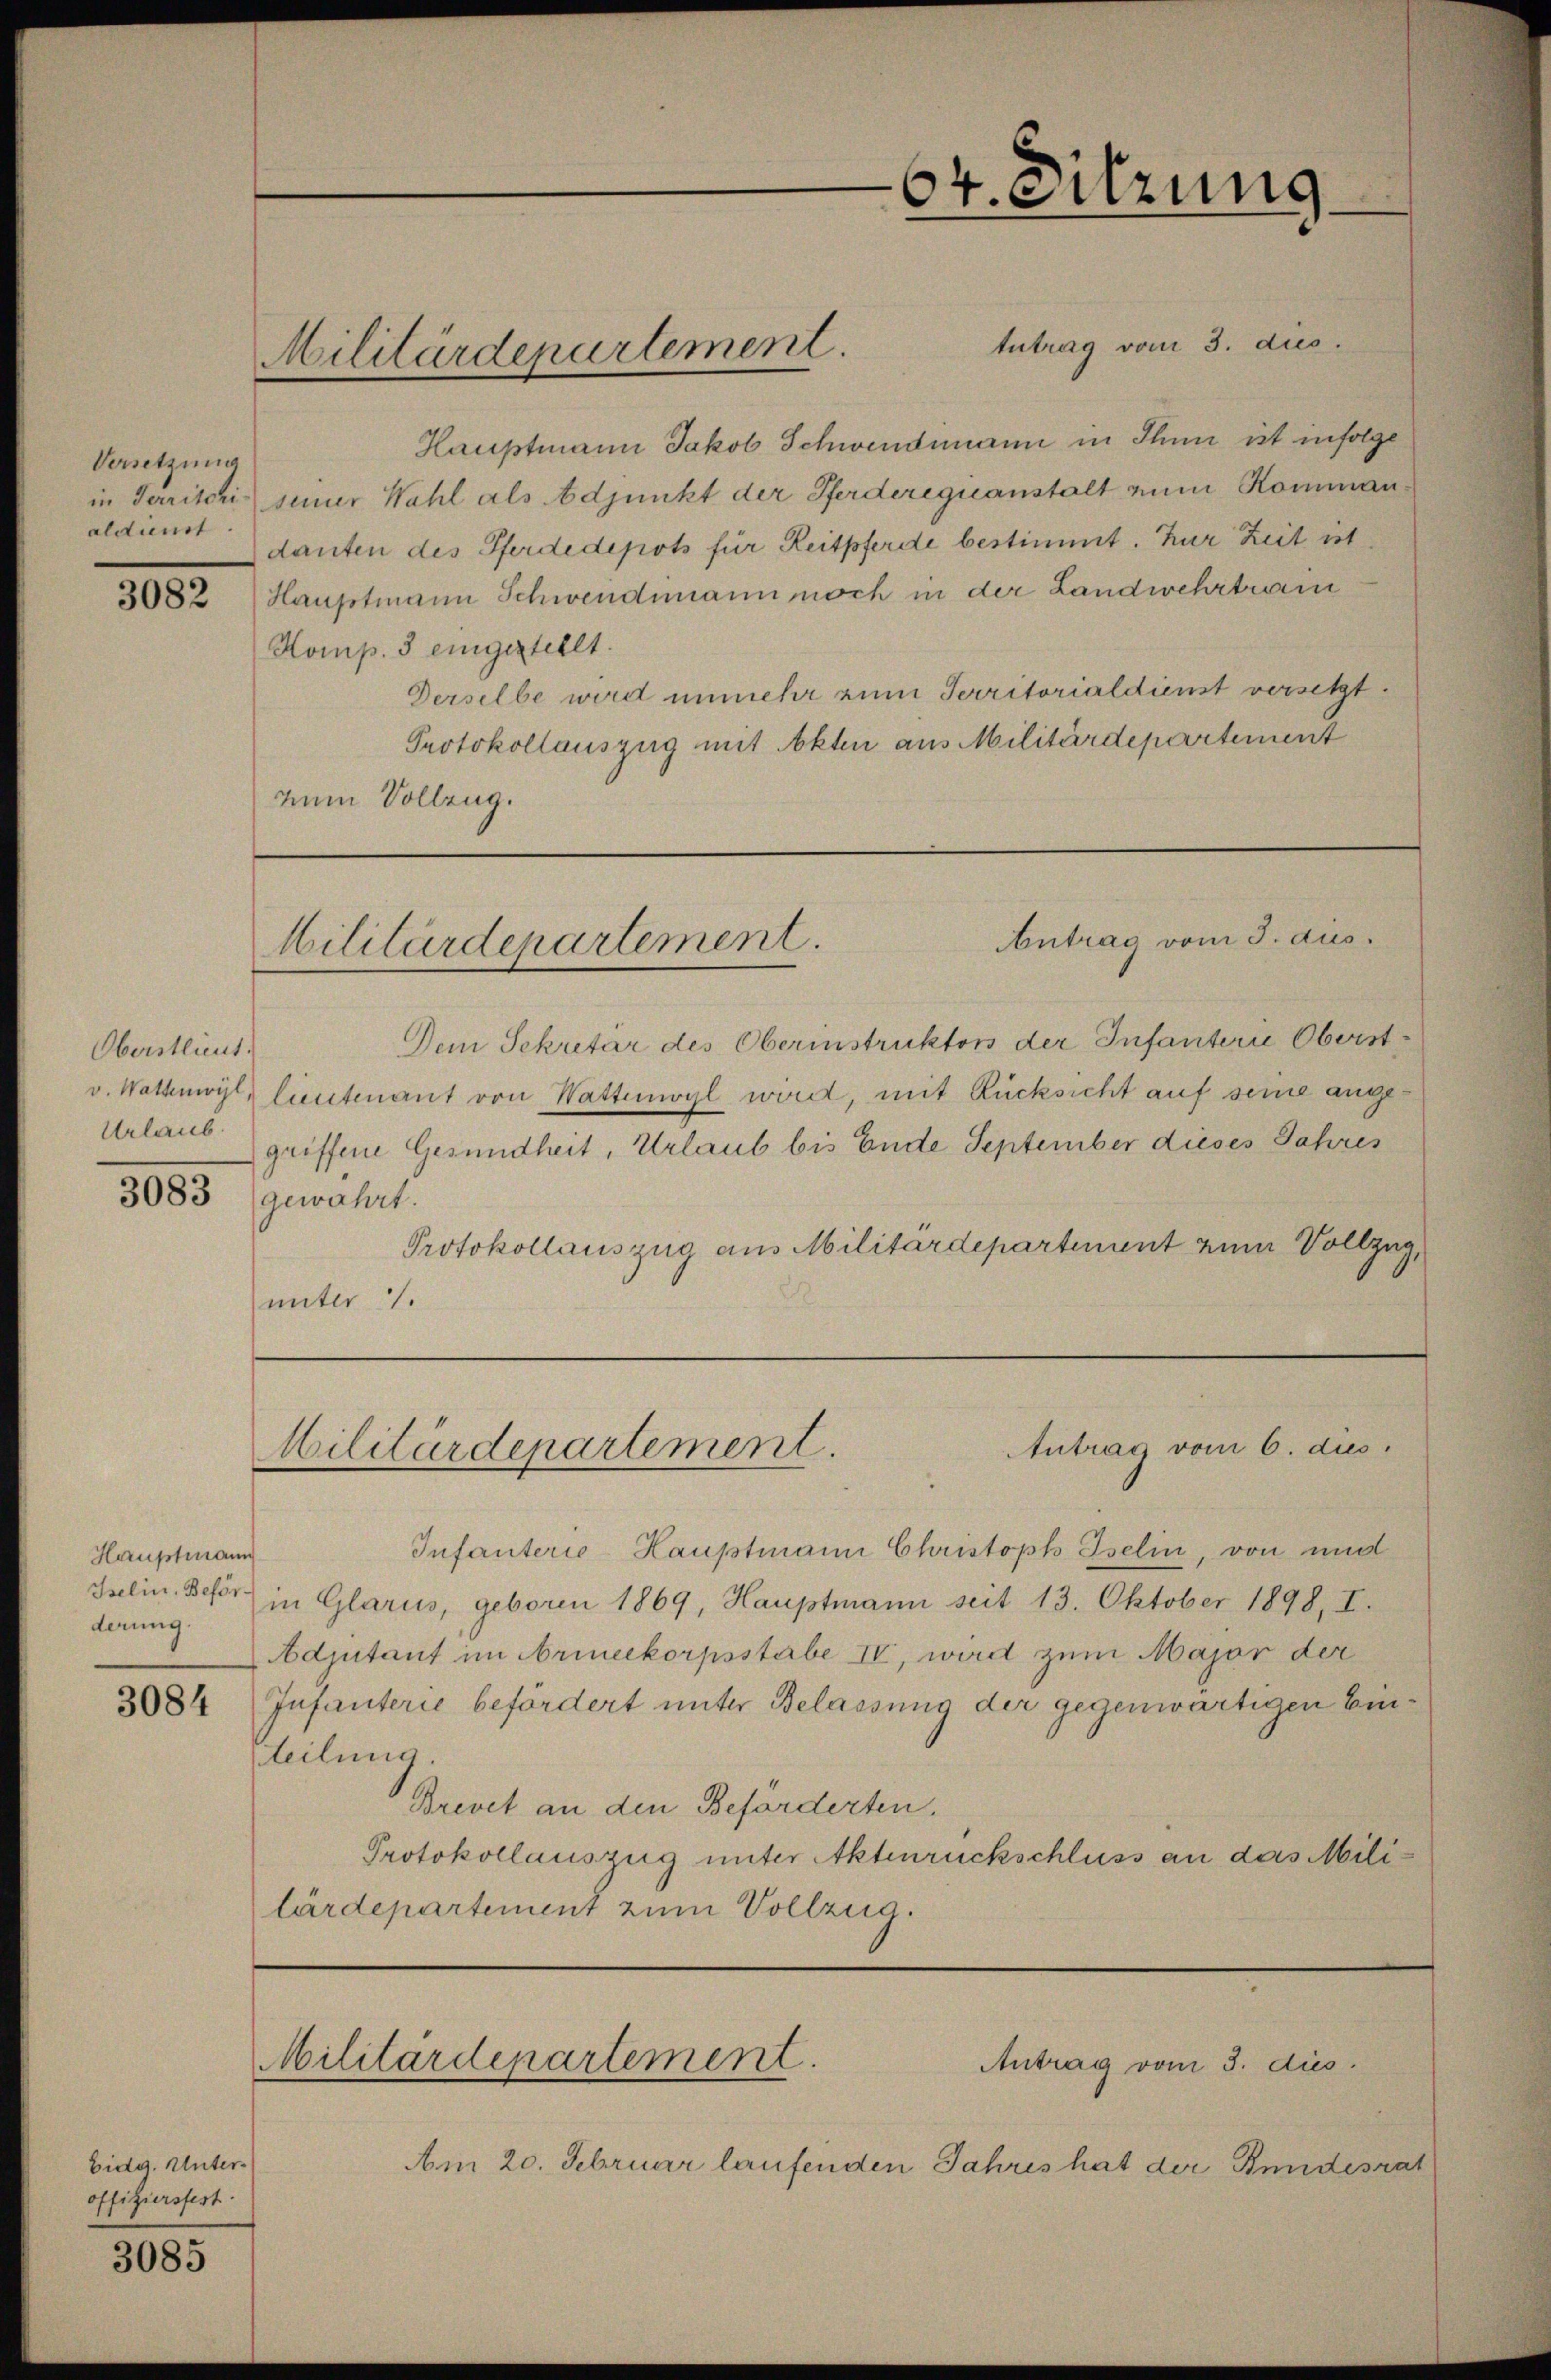
Versetzung
aldienst

3082

Oberstlieut.
Urlaub.

Hauptmann
derung.

3084

Eidg. Unteroffiziersfest.

3085

tutrag vom 3. dies
Hauptmann Jakob Schwendimann in Thun ist infolge
in Territoris seiner Wahl als Adjunkt der Pferderequanstalt zum Komman
danten des Pferde depots für Reitpferde bestimmt. Zur Zeit ist
Hauptmann Schwendmann noch in der Landwehrtrin
Komp. 3 eingestellt.
Derselbe wird unmehr zum Territorialdienst versetzt.
Protokollauszug mit Akten aus Militärdepartement
zum Vollzug.

Dem Sekretär des Oberinstruktors der Infanterie Oberstv. Wattwyl, lieutenant von Wattenwyl wird, mit Rücksicht auf seine angegriffene Gesundheit, Urlaub bis Ende September dieses Jahres
3083 (gewahrt.
Protokollauszug aus Militärdepartement zum Vollzug,
unter 1.

Militärdepartement.

64. Sitzung

Antrag vom 3. aus.
Militärdepartement.

Antrag vom 6. dies
Militärdepartement.

Infanterie Hauptmann Christoph Iselin, von und
Jelin. Behr in Glarus, geboren 1869, Hauptmann seit 13. Oktober 1898, I.
Adjutant im Armeekorpsstabe IV, wird zum Major der
Infanterie befördert unter Belassung der gegenwärtigen Ein¬
Teilung.
Brevet an den Beforderten.
Protokollauszug unter Aktenrückschluss an das Mililärdepartement zum Vollzug.

Militärdepartement.
Antrag vom 3. dies

Am 20. Februar laufenden Jahres hat der Bundesrat